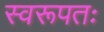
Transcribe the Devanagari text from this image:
स्वरूपतः